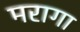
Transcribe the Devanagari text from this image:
मरागा